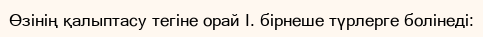
Өзінің қалыптасу тегіне орай I. бірнеше түрлерге болінеді: